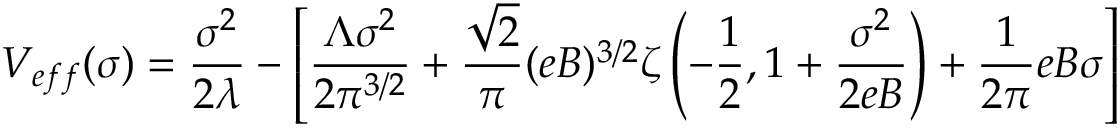
V _ { e f f } ( \sigma ) = { \frac { \sigma ^ { 2 } } { 2 \lambda } } - \left[ \frac { \Lambda \sigma ^ { 2 } } { 2 \pi ^ { 3 / 2 } } + \frac { \sqrt { 2 } } { \pi } ( e B ) ^ { 3 / 2 } \zeta \left( - \frac { 1 } { 2 } , 1 + \frac { \sigma ^ { 2 } } { 2 e B } \right) + \frac { 1 } { 2 \pi } e B \sigma \right]